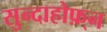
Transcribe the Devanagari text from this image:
सुन्दाहोफ़्न